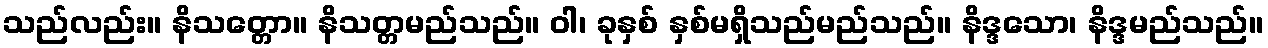
သည်လည်း။ နိသတ္တော။ နိသတ္တမည်သည်။ ဝါ၊ ခုနှစ် နှစ်မရှိသည်မည်သည်။ နိဒ္ဒသော၊ နိဒ္ဒမည်သည်။